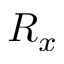
R _ { x }